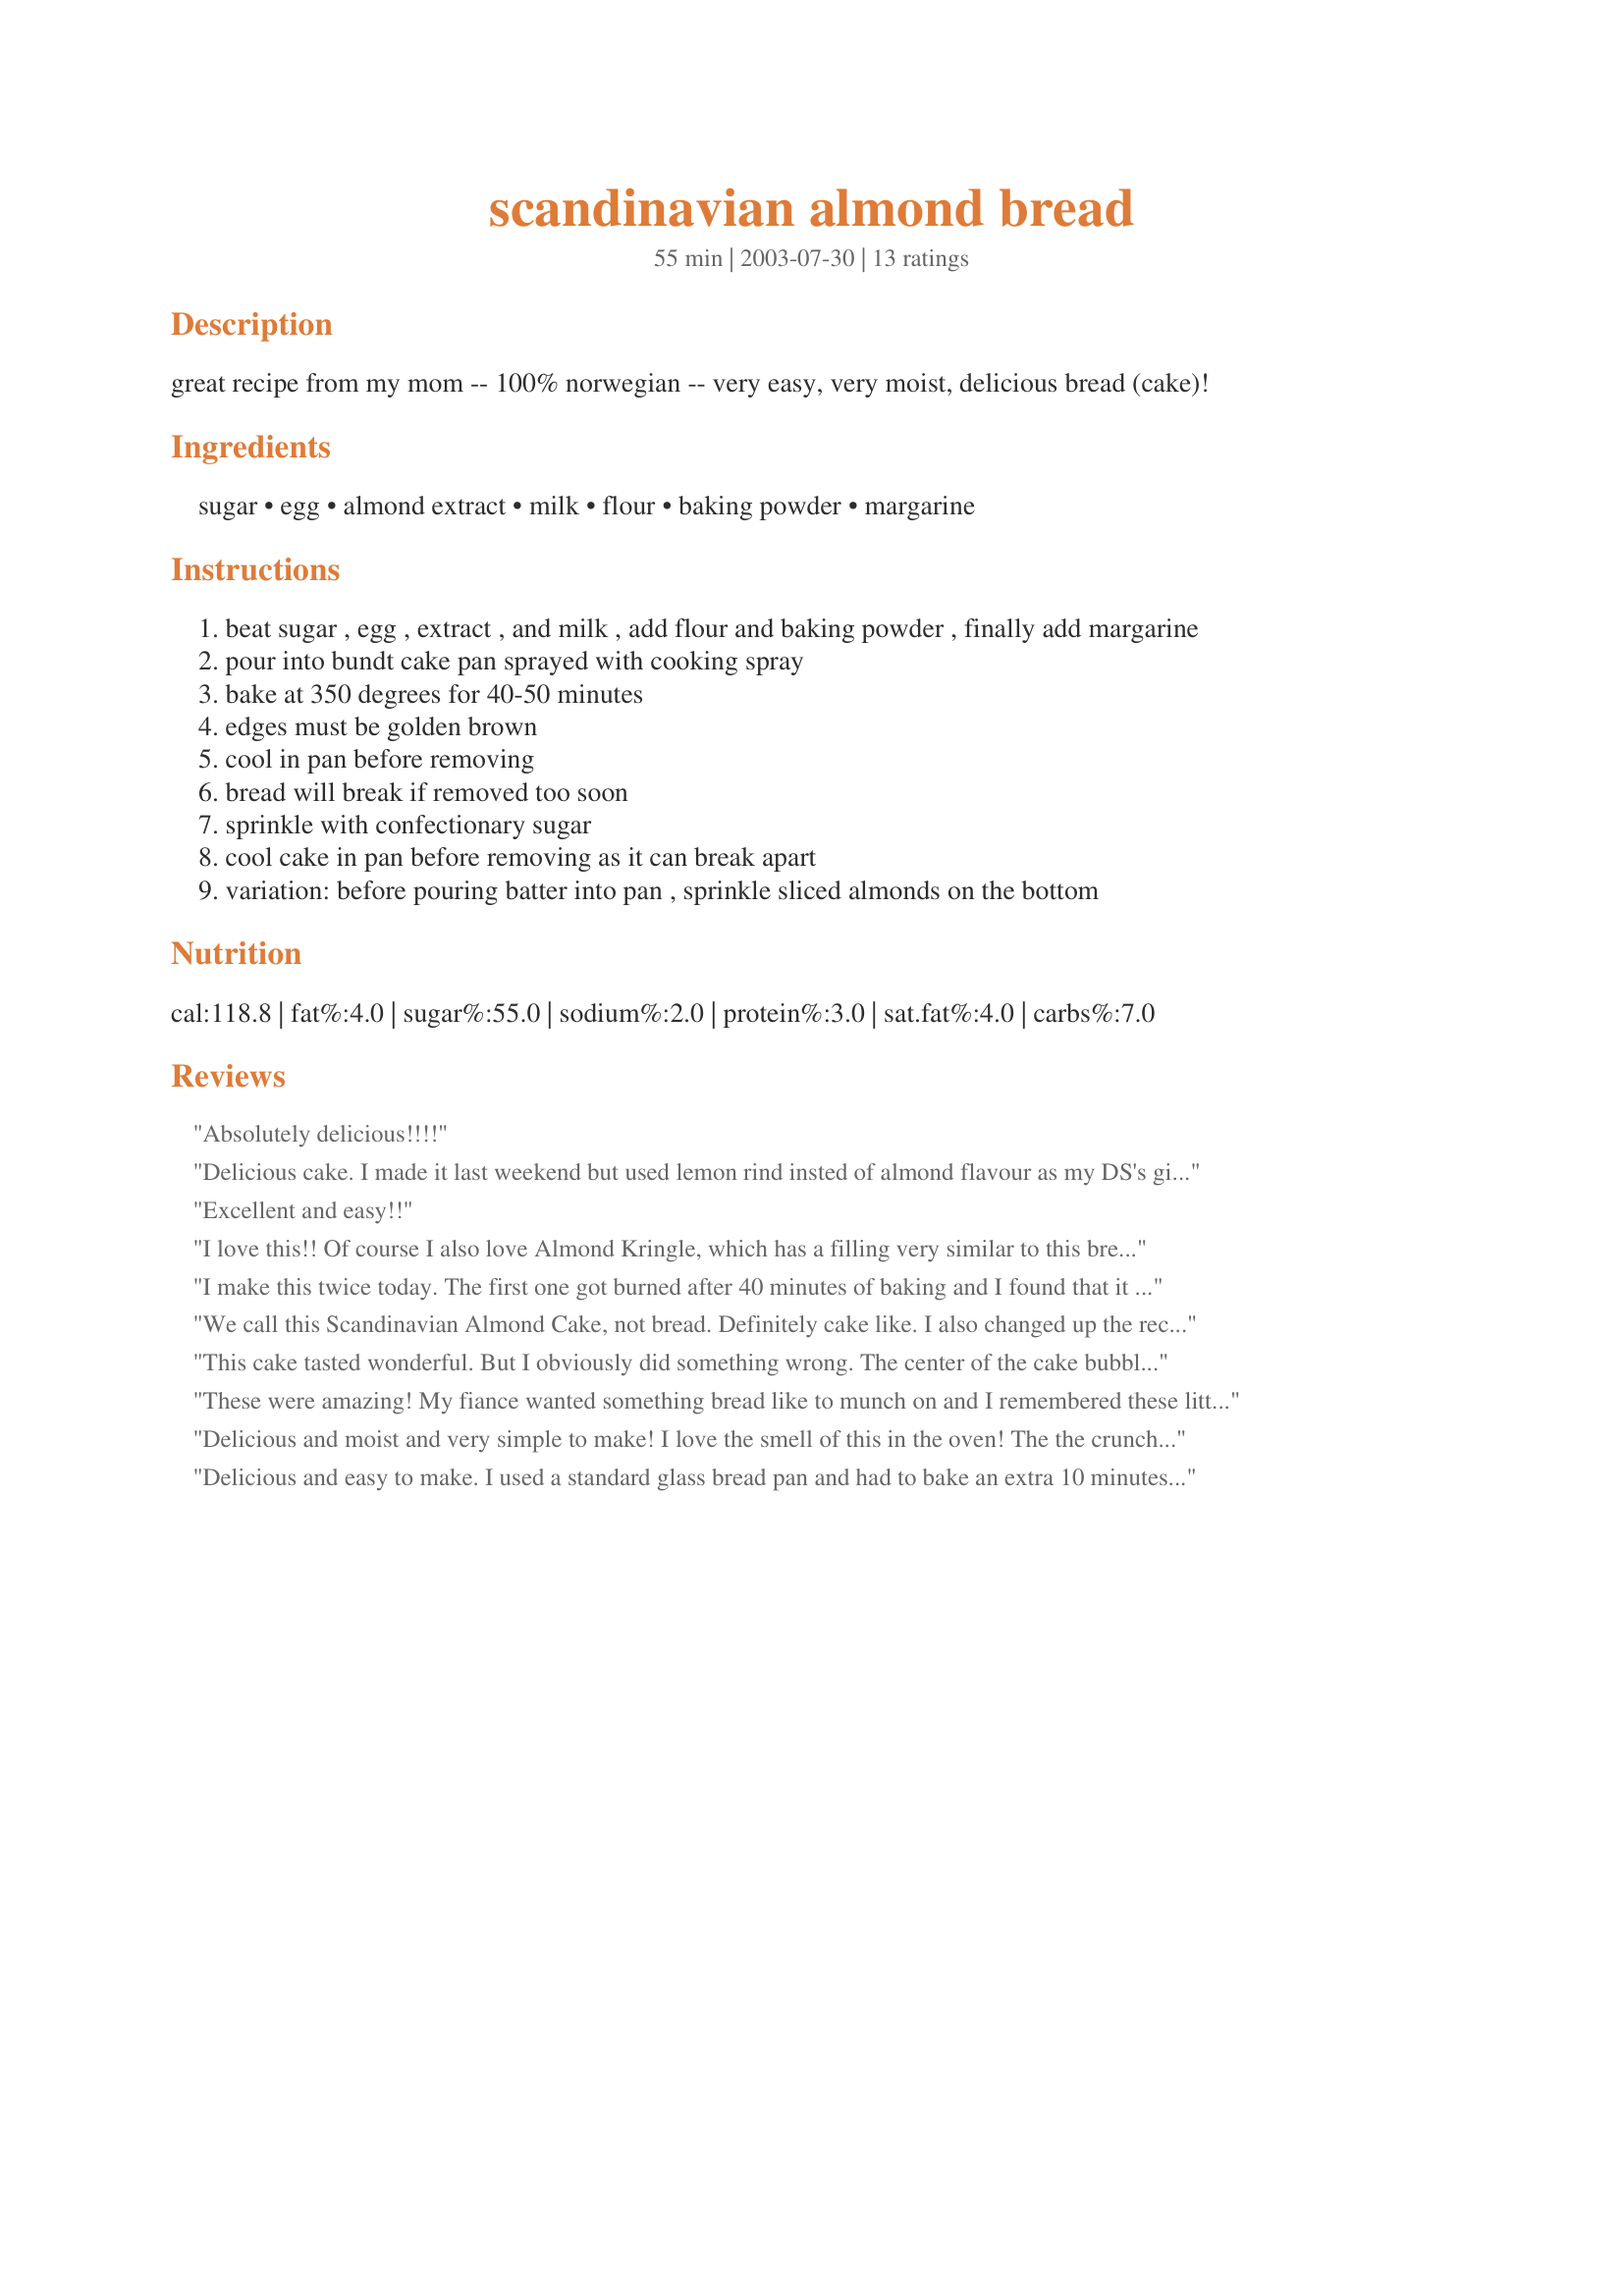
scandinavian almond bread
Preparation time: 55 minutes

great recipe from my mom -- 100% norwegian -- very easy, very moist, delicious bread (cake)!

Ingredients:
sugar, egg, almond extract, milk, flour, baking powder, margarine

Steps:
beat sugar , egg , extract , and milk , add flour and baking powder , finally add margarine
pour into bundt cake pan sprayed with cooking spray
bake at 350 degrees for 40-50 minutes
edges must be golden brown
cool in pan before removing
bread will break if removed too soon
sprinkle with confectionary sugar
cool cake in pan before removing as it can break apart
variation: before pouring batter into pan , sprinkle sliced almonds on the bottom

Reviews:
Absolutely delicious!!!!
Delicious cake. I made it last weekend but used lemon rind insted of almond flavour as my DS's girlfriend was coming for lunch and she doesn't like almond. Next time will try with the almond.
Excellent and easy!!
I love this!! Of course I also love Almond Kringle, which has a filling very similar to this bread. One bonus is that it is sooo simple to make. I don't even have to go to the store to get any ingredients because we usually have them in the house already.
I make this twice today. The first one got burned after 40 minutes of baking and I found that it is verrrrry sweet for my taste. The sugar formed a crispy layer at the bottom of the cake. The taste is very good. I like it a lot and so I decided to make a second one (since it is very easy to make). Well, this time I only use 1 cup of sugar and I baked it for 25 minutes in a 10 inch bundt pan. My second try even though it is perfectly cooked...the texture is not the same as the one in the picture. It is dense like a pound cake. It did not rise well. I didn't know what I did wrong. Did I beat the batter too long or is it the size of the pan that I use. This cake is really good and very easy to make. I will give it a try again next time when I'm not busy. Right now, I will it give four stars. Thank you for sharing this wonderful cake recipe.
Bheng D.
We call this Scandinavian Almond Cake, not bread. Definitely cake like. I also changed up the recipe to make it gluten and dairy free. Absolutely amazing! When I make it, it doesn't last even a few hours. Everyone munches on it even when it's not dessert time, lol. I also use vanilla extract in the recipe and powdered sugar gets sprinkled on top after it has completely cooled.
This cake tasted wonderful. But I obviously did something wrong. The center of the cake bubbled over and the center fell.............to add more insult to my day (I let it cool about an hour) & when I moved it (carefully) to the serving platter it fell apart into sections.....HELP!
These were amazing! My fiance wanted something bread like to munch on and I remembered these little gems hidden away. I substituted the margarine for butter (I just don't like the fake butter taste it gives things), and baked them in a Nordic Ware Mini-Bunt Cupcake pan. They were done about 10 minutes early. They smelled heavenly, you could tell they were done just by the aroma wafting out of the oven. Doing them in the smaller pan gave each one a very nice crispy exterior. I didn't have any sliced almonds, but I did have Swedish pearl sugar, so I sprinkled that in the bottom of each tin. It adds this wonderful sugary crunch to the top once they're pulled out and flipped over. I can't wait to try it with slivered almonds. I wasn't sure what the powdered sugar was for, but I decided to dust it over them before serving. I think they'd be amazing with an almond flavored drizzle over them. ~UPDATE 2/2/12~ Made these again and added 1 tsp poppy seeds, which my fiance says gives it an almost "almond-poppy seed muffin" taste. I think it adds a really nice visual dimension as well. I also did a lemon icing drizzle (1/2 c powdered sugar, 3 tlbs lemon juice (I used 1 lemon), and about 1 tlbs water or milk. Heat over the stove in a small sauce pan until slightly bubbly) which was, well, the icing on the cake!
Delicious and moist and very simple to make! I love the smell of this in the oven! The the crunch of the sliced almonds and the crispy edges of the bread are the best part! I used butter and omitted the powdered sugar. Will be making again!
Delicious and easy to make. I used a standard glass bread pan and had to bake an extra 10 minutes. Next time I will use 2 small bread pans.

Roger Helgerson
I can't say enough good things about this cake. It smells fabulous in the oven, and it comes out light and fluffy and moist and decadent all at the same time. I love having tea in the afternoon, and this is a perfect accompaniment. I can't wait to try it with the sliced almonds. Thanks for a new favorite! :-)
This was easy, moist and delicious! I used butter instead of margarine. Beautiful flavor. Thanks for sharing! I'll be making this often.
An incredibly delicate, melt-in-your-mouth cake. A lovely flavor as well. I had trouble getting it out of the pan but I'm pretty sure it was my old pan's fault, not the recipe's. It was very popular around here and I know I'll be making it again.
